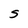
Character: S